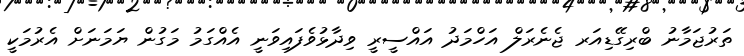
ތަރުޖަމާނު ބްރިގޭޑިއަރ ޖެނެރަލް އަހްމަދު އައްސީރީ ވިދާޅުވެފައިވަނީ އެއްގަމު މަގުން ޔަމަނަށް އެރުމަކީ